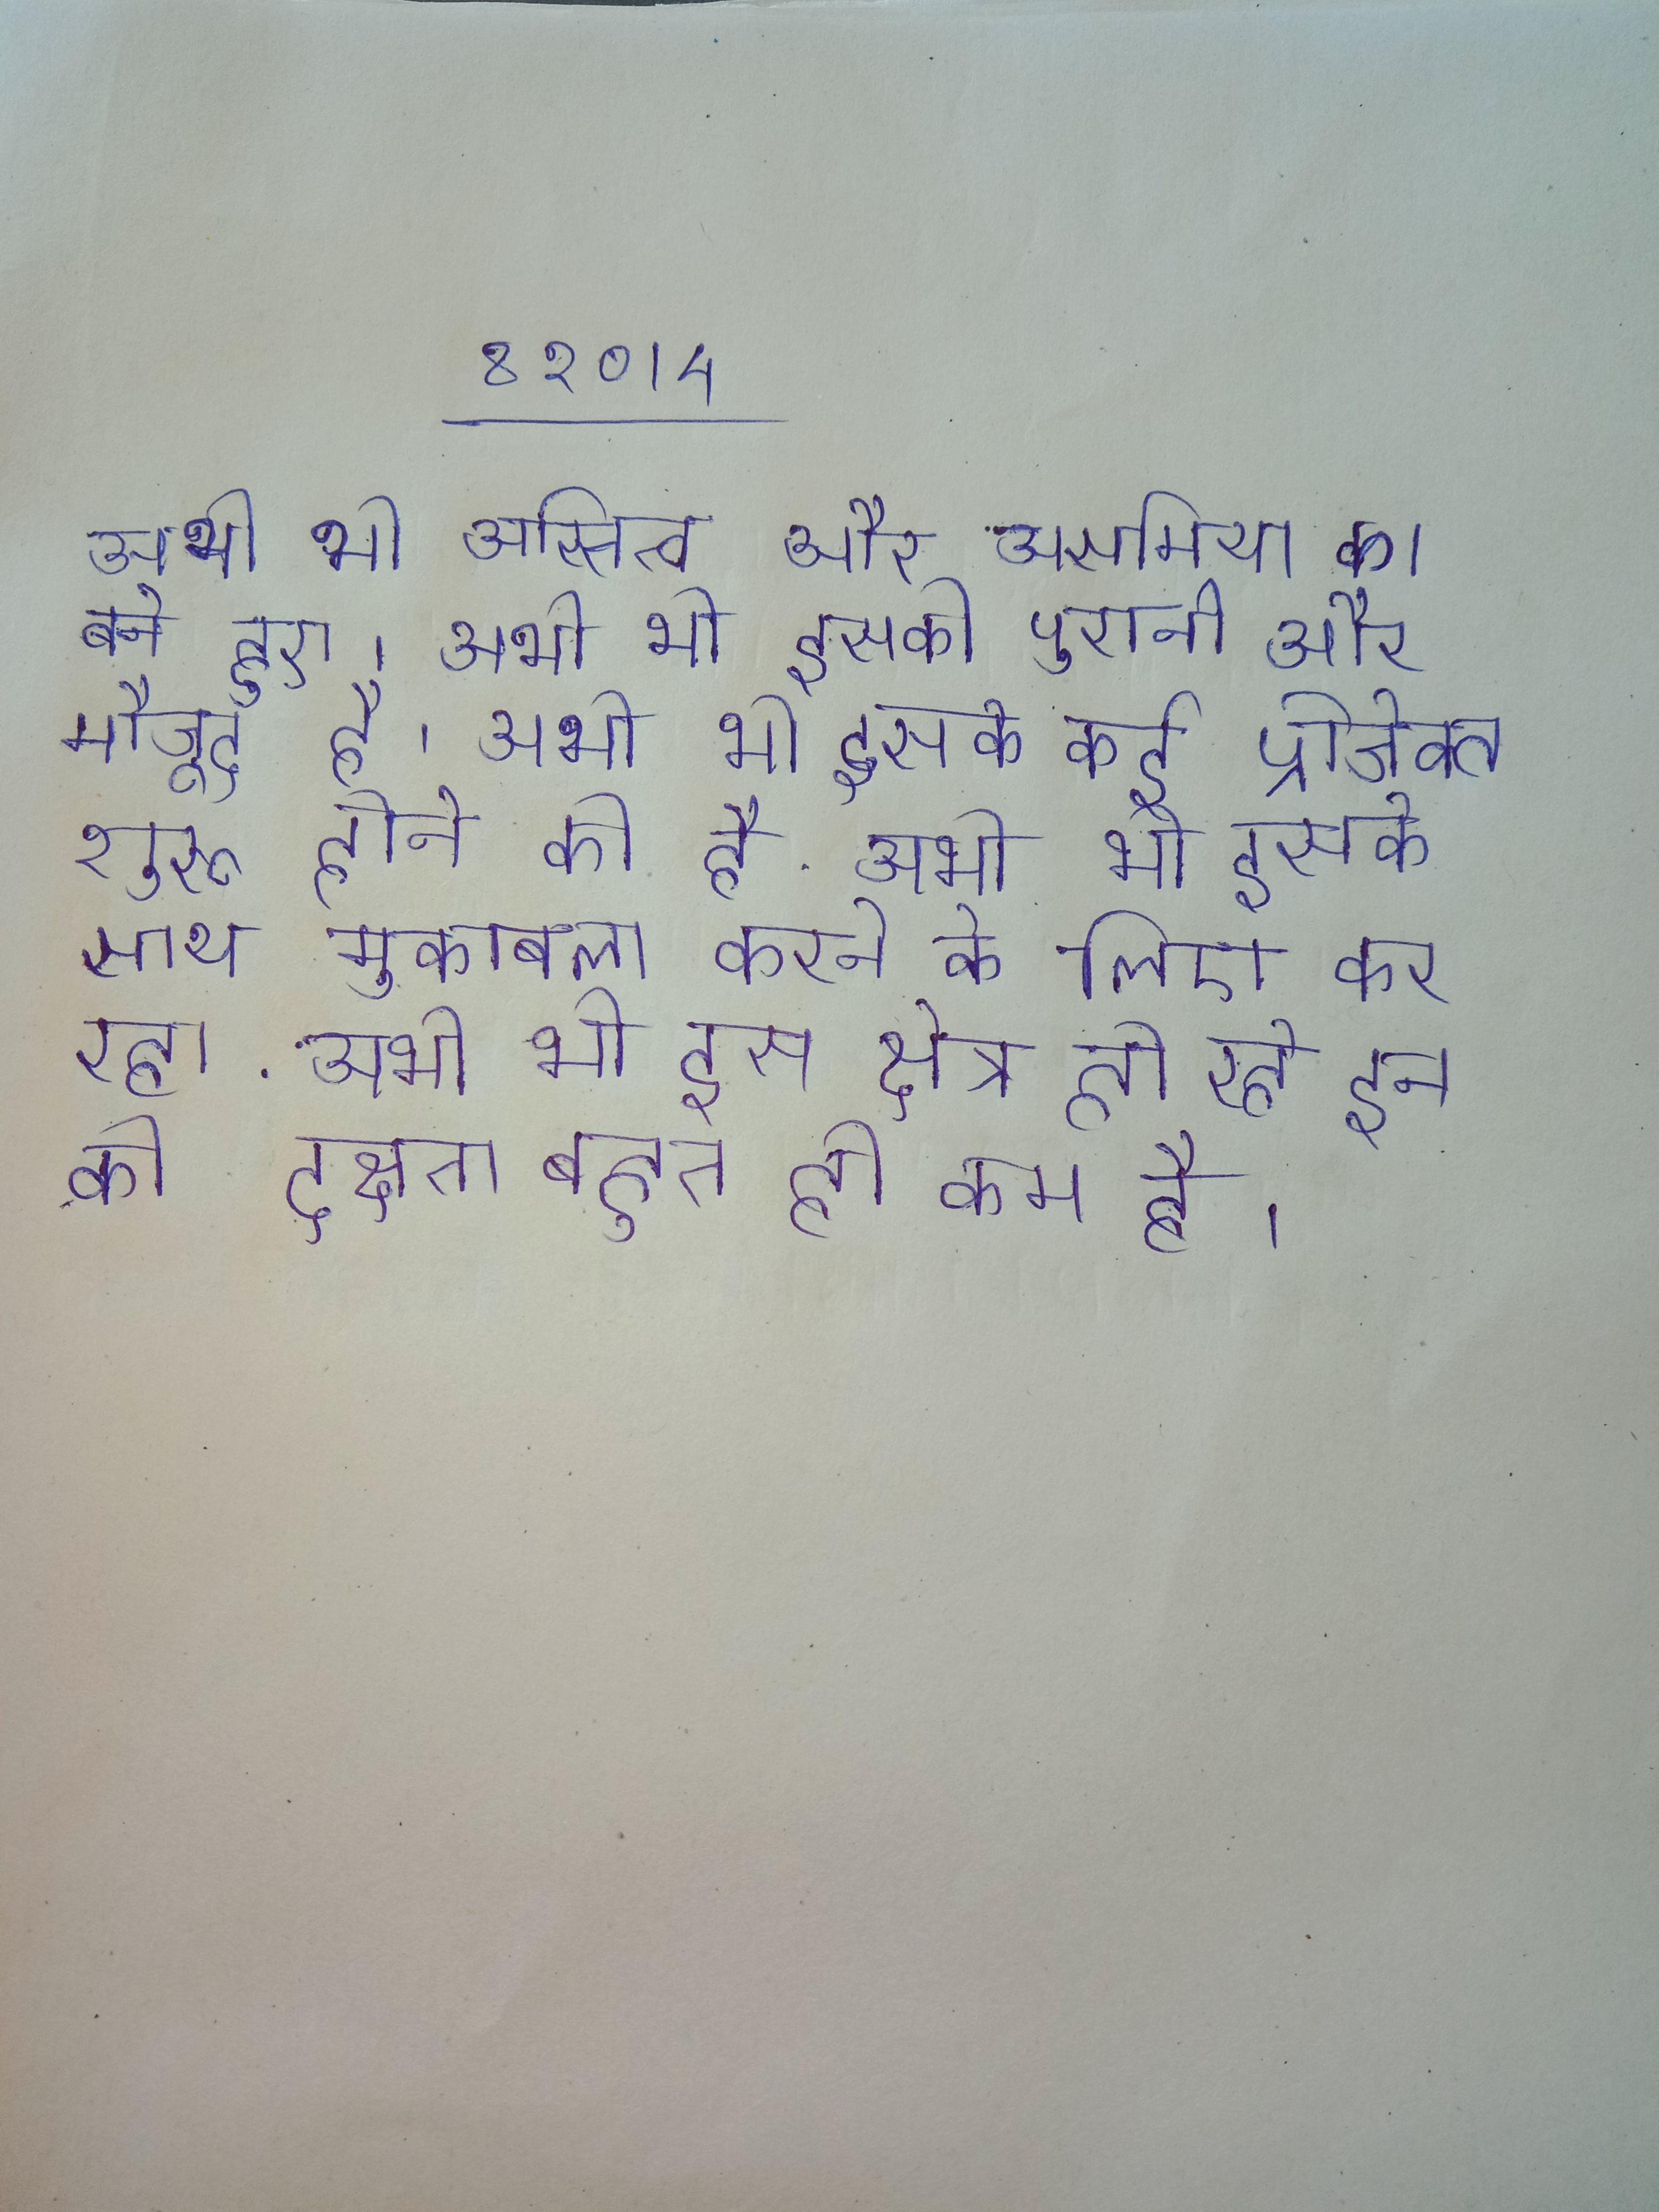
अभी भी अस्तित्व और असमिया का बने हुए । अभी भी इसकी पुरानी और मौजूद है । अभी भी इसके कई प्रोजेक्ट शुरू होने को है . अभी भी इसके साथ मुकाबला करने के लिए कर रहा . अभी भी इस क्षेत्र हो रहे इन की दक्षता बहुत ही कम है ।